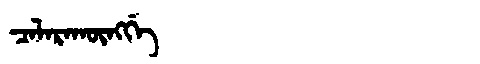
Manchu: ᠴᠠᠯᠠᡵᠠᡴᡡᠩᡤᡝ
Romanization: CALARAKŪNGGE